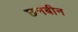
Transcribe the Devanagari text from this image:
छनबीन